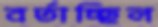
বর্তাচ্ছিল